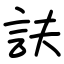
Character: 𧥱